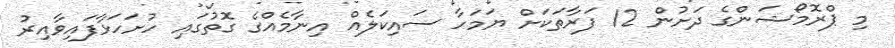
މި ޕްރޮމޯޝަންގެ ދަށުން 12 ފަރާތަކަށް ޔަމަހާ ސައިކަލެއް އިނާމެއްގެ ގޮތުގައި ހުށަހަޅާފައިވާއިރު